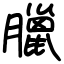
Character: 臘